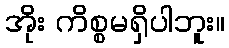
အိုး ကိစ္စမရှိပါဘူး။